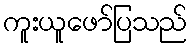
ကူးယူဖော်ပြသည်